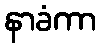
နာခံကာ